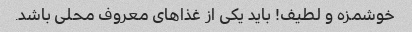
خوشمزه و لطیف! باید یکی از غذاهای معروف محلی باشد.